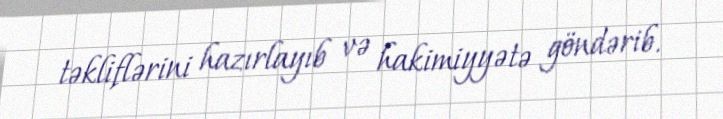
təkliflərini hazırlayıb və hakimiyyətə göndərib.